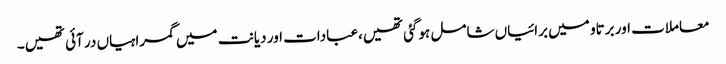
معاملات اور برتاو میں برائیاں شامل ہوگئی تھیں،عبادات اور دیانت میں گمراہیاں در آئی تھیں۔